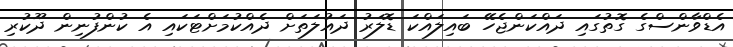
އެޑްވާންސްގެ ގޮތުގައި ދައްކަންޖެހޭ ބައިލައްކަ ޑޮލަރު ދައުލަތަށް ދެއްކުމަށްޓަކައި އެ ކުންފުނިން ދޫކުރި